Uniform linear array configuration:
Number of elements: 64
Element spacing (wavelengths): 0.75
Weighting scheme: exponential
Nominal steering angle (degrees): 30
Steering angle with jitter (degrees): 28.256
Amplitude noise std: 0.05
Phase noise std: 0.05

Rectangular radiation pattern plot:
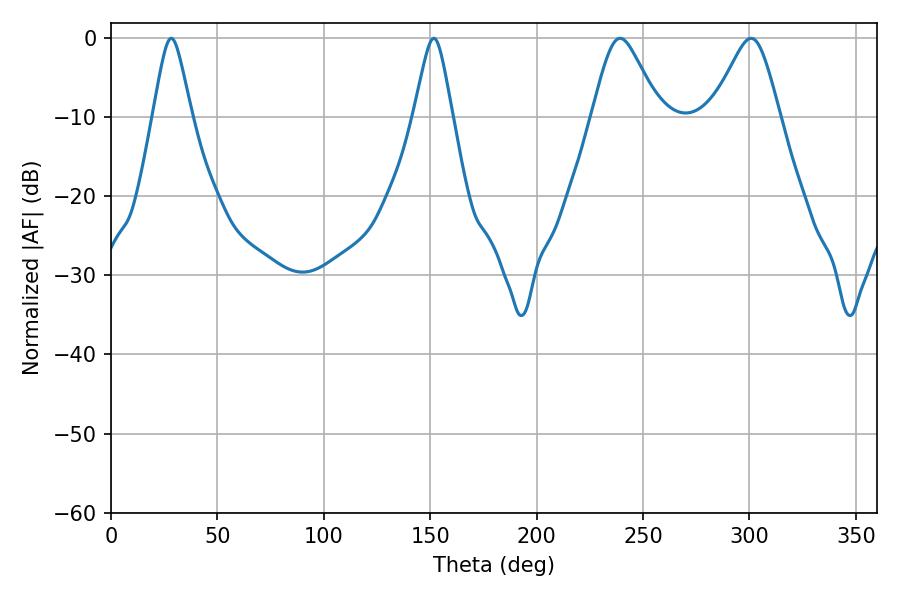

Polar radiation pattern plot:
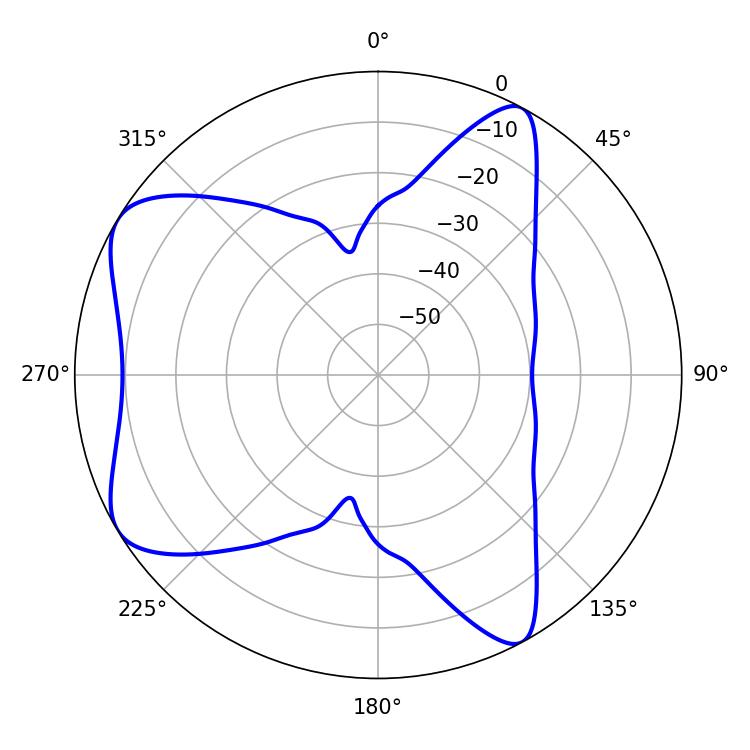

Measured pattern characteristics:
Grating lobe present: TRUE
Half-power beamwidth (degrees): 15.3
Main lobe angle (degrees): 239.22